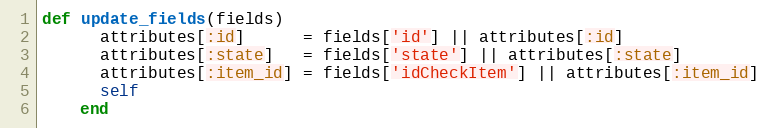
Language: Ruby
def update_fields(fields)
      attributes[:id]      = fields['id'] || attributes[:id]
      attributes[:state]   = fields['state'] || attributes[:state]
      attributes[:item_id] = fields['idCheckItem'] || attributes[:item_id]
      self
    end